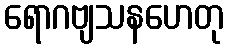
ရောဂဗျသနဟေတု